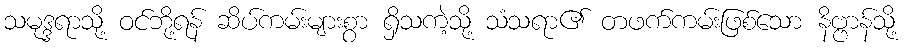
သမုဒ္ဒရာသို့ ဝင်ဘို့ရန် ဆိပ်ကမ်းများစွာ ရှိသကဲ့သို့ သံသရာ၏ တဖက်ကမ်းဖြစ်သော နိဗ္ဗာန်သို့